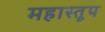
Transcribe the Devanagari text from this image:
महास्तूप